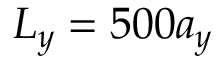
L _ { y } = 5 0 0 a _ { y }